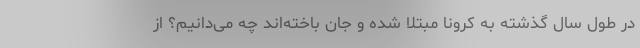
در طول سال گذشته به کرونا مبتلا شده و جان باخته‌اند چه می‌دانیم؟ از